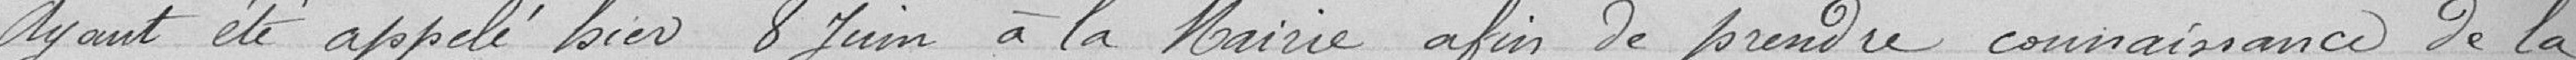
Ayant été appelé hier 8 juin à la Mairie afin de prendre connaissance de la